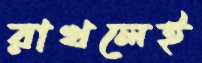
রাখলেই